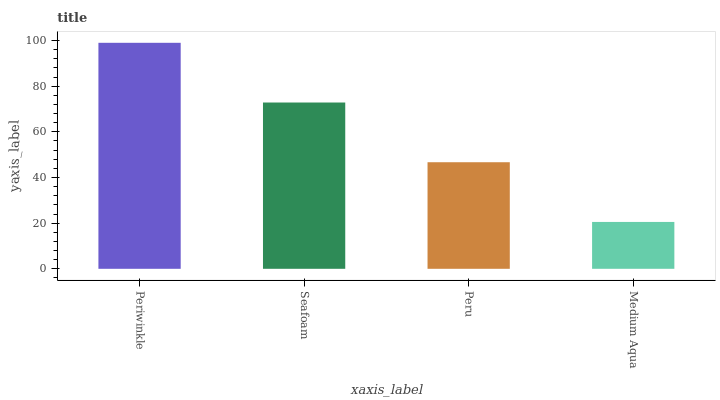
| xaxis_label | bars |
 | --- | --- |
 | Periwinkle | 99 |
 | Seafoam | 72.8 |
 | Peru | 46.7 |
 | Medium Aqua | 20.5 |